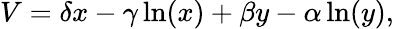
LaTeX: V=\delta x-\gamma\ln(x)+\beta y-\alpha\ln(y),